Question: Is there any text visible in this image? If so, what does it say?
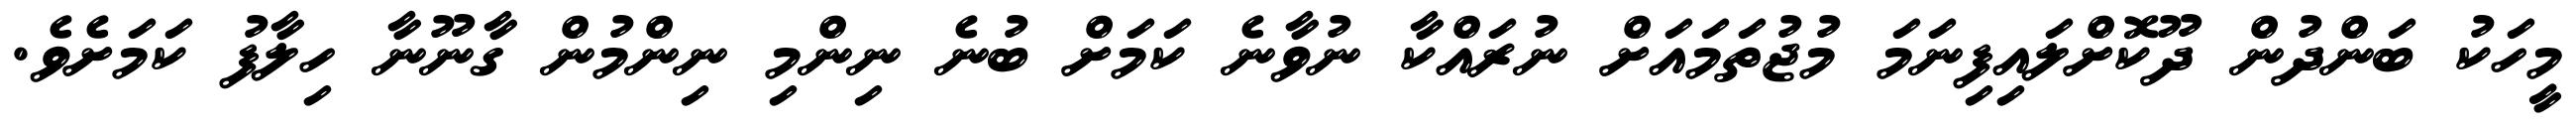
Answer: މީހަކު ބަންދުން ދޫކޮށްލައިފިނަމަ މުޖުތަމައަށް ނުރައްކާ ނުވާނެ ކަމަށް ބުނެ ނިންމި ނިންމުން ގާނޫނާ ހިލާފު ކަމަށެވެ.